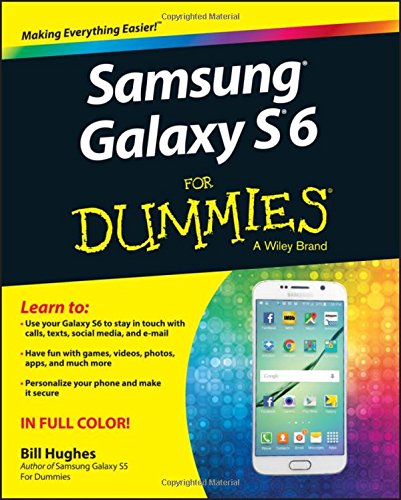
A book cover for Samsung Galaxy S6 for Dummies; Bill Hughes; Computers & Technology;